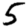
Digit: 5